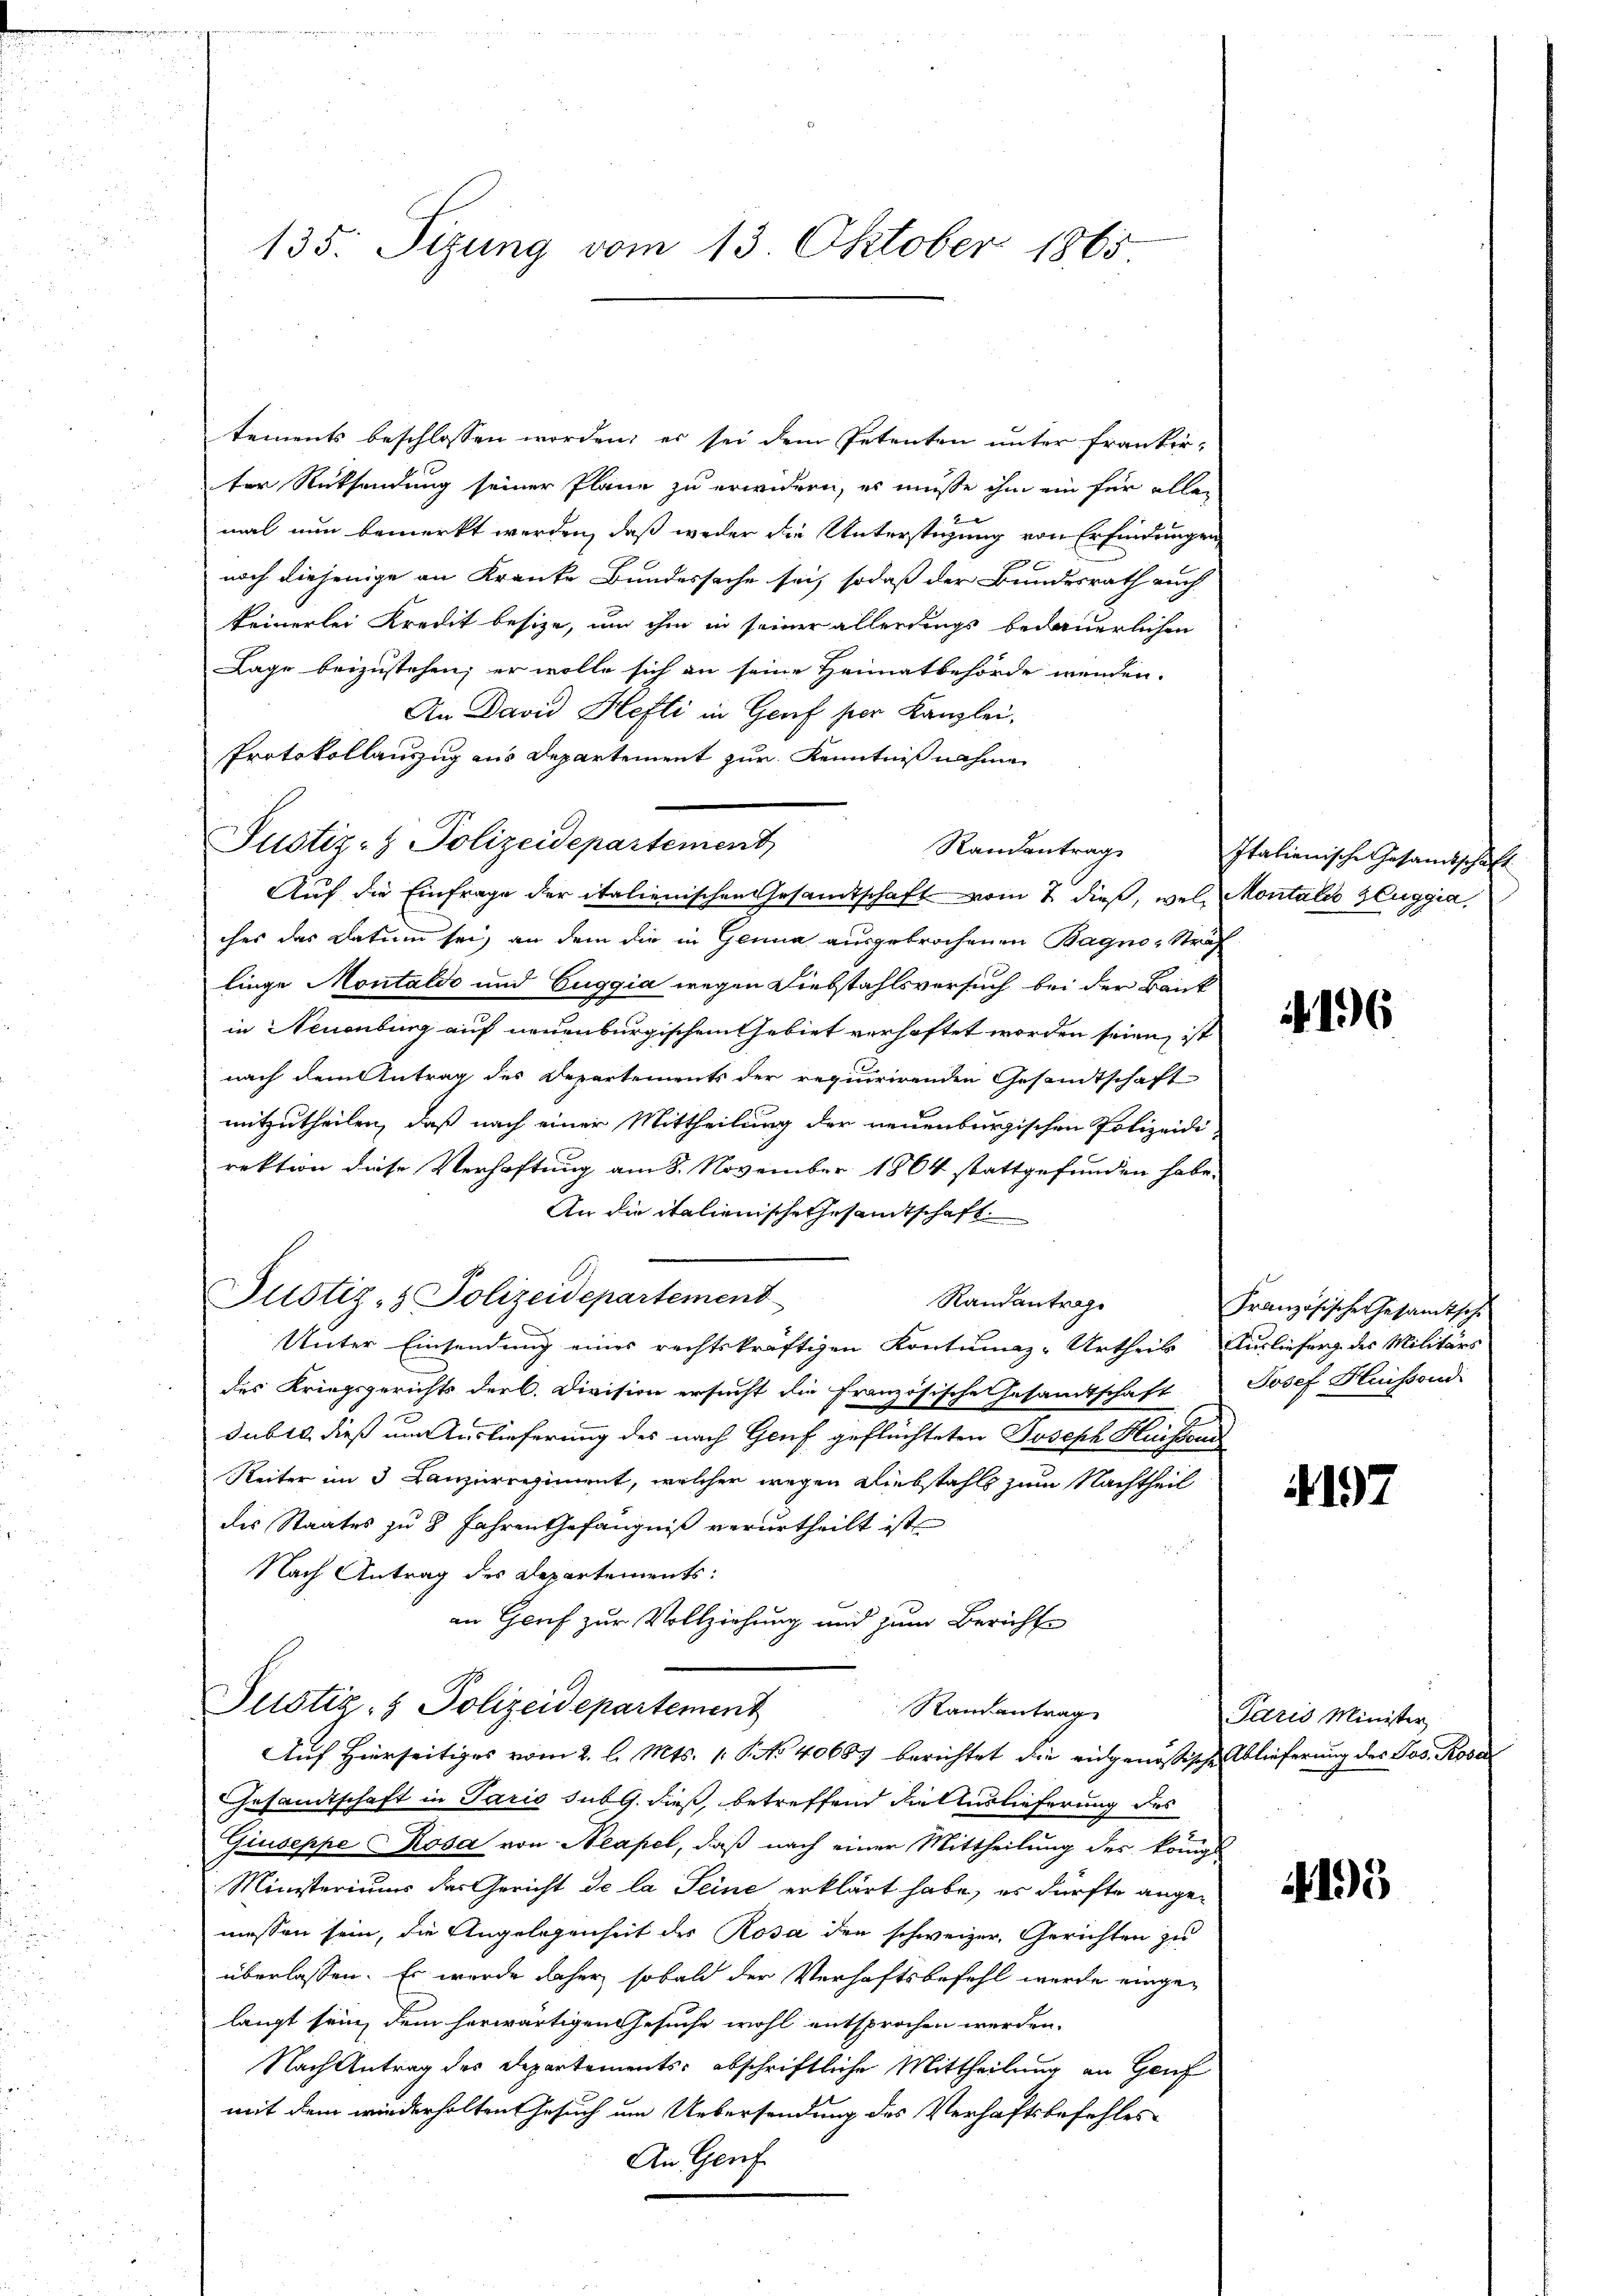
tements beschlossen worden, er sei dem Petenten unter Frankerter Rücksendung seiner Pläne zu erwidern, es müsse ihm ein für aller
mal nun bemerkt werden, daß weder die Unterstüzung von Erfindungen
noch diejenige an Kranke Bundessache sei, sodaß der Bundesrath auch
keinerlei Kredit besize, um ihm in seiner allerdings bedauerlichen
Lage beizustehen; er wolle sich an seine Heimatbehörde wenden.
An David Hefti in Genf per Kanzlei,
Protokollanzug aus Departement zur Kenntniß nahme
Auf die Einfrage der italienischen Gesandtschaft vom 7. dieß, wel Montalis Zluggia,
ches das Datum sei, an dem die in Genua ausgebrochenen Bagno, Straf
linge Montalde und Euggia wegen Diebstahlsversuch bei der Bank
in Neuenbing auf neuenburgischen Gebiet verhaftet worden seien, ist
nach dem Antrag des Departements der requirirenden Gesandtschaft
mitzutheilen, daß nach einer Mittheilung der neuenburgischen Polizeidirektion diese Verhaftung am 8. November 1864 stattgefunden habe.
An die italienische Gesamtschaft
Justiz- & Polizeidepartement
Randantrage
Unter Einsendung eines rechtskräftigen Kontumaz-Urtheils Auslieferg des Militärs
des Kriegsgerichts der C. Division ersucht die französische Gesandtschaft
dubte dieß um Auslieferung des nach Genf geflüchteten Joseph Huistor
Reiter im 3 Canzerregiment, welcher wegen Liebstahls zum Nachtheil
des Staates zu 8 Jahren Gefängniß verurtheilt ist
Nach Antrag des Departements:
an Genf zur Vollziehung und zum Berichte
Justiz- & Polizeidepartement
Randantrag
Auf Hierseitiges vom 2. l. Mts. 1. No 40687 berichtet die eidgenössische Ablieferung des Jos. Rosal
Gesandtschaft in Paris sub 9. dieß, betreffend die Auslieferung des
Giuseppe Rosa von Neapel, daß nach einer Mittheilung des königl
Ministeriums des Gericht de la Seine erklärt habe, er dürfte angemessen sein, die Angelegenheit des Rosa den schweizer, Gerichten zu
überlassen. Es wurde daher, sobald der Verhaftsbefehl werde einge-
langt sein, dem herwärtigen Gesuche wohl entsprochen werden.
Nach Antrag des Departements abschriftliche Mittheilung an Genf
mit dem wiederholten Gesuch um Uebersendung des Verhaftsbefehles
An Genf

135. Sizung vom 13. Oktober 1865

Justiz- & Polizeidepartement

Randantrag

Italienische Gesamtschaft

196

Französische Gesamtsche
Josef Huissond

4192

Paris Minister

4195